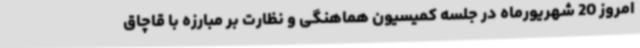
امروز 20 شهریورماه در جلسه کمیسیون هماهنگی و نظارت بر مبارزه با قاچاق